Punjab Mental Hospital Lahore 1932-46 - 1932-1946
Year: 1932
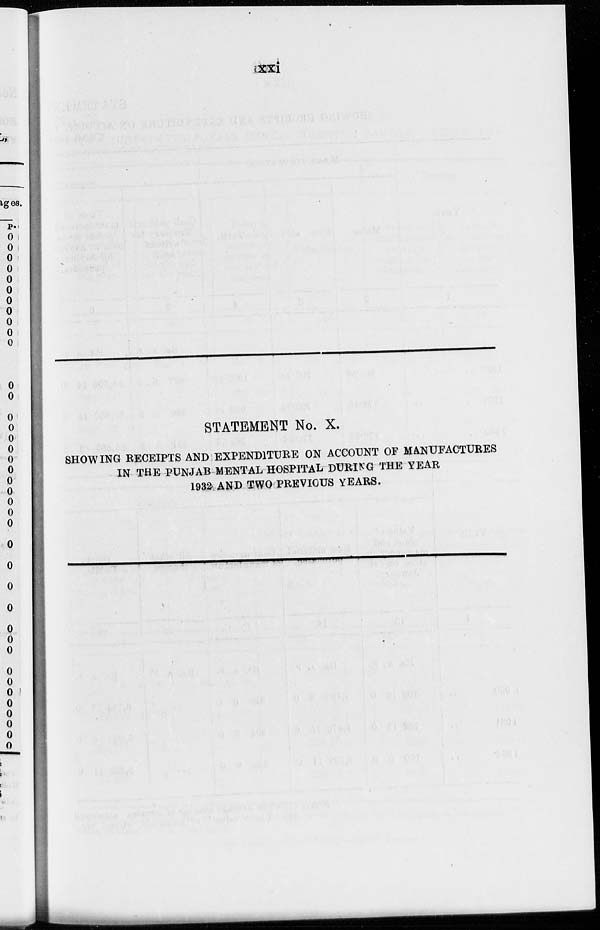
xxi
STATEMENT No. X.
SHOWING RECEIPTS AND EXPENDITURE ON ACCOUNT OF MANUFACTURES
IN THE PUNJAB MENTAL HOSPITAL DURING THE YEAR
1932 AND TWO PREVIOUS YEARS.